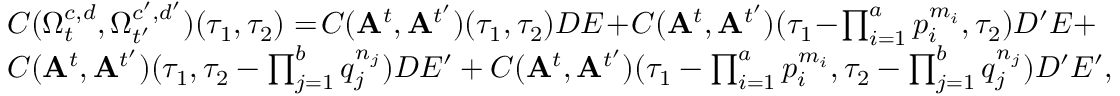
\begin{array} { r l } & { C ( \Omega _ { t } ^ { c , d } , \Omega _ { t ^ { \prime } } ^ { c ^ { \prime } , d ^ { \prime } } ) ( \tau _ { 1 } , \tau _ { 2 } ) = \! C ( \mathbf { A } ^ { t } , \mathbf { A } ^ { t ^ { \prime } } ) ( \tau _ { 1 } , \tau _ { 2 } ) D E \! + \! C ( \mathbf { A } ^ { t } , \mathbf { A } ^ { t ^ { \prime } } ) ( \tau _ { 1 } \! - \! \prod _ { i = 1 } ^ { a } p _ { i } ^ { m _ { i } } , \tau _ { 2 } ) D ^ { \prime } E + } \\ & { C ( \mathbf { A } ^ { t } , \mathbf { A } ^ { t ^ { \prime } } ) ( \tau _ { 1 } , \tau _ { 2 } - \prod _ { j = 1 } ^ { b } q _ { j } ^ { n _ { j } } ) D E ^ { \prime } + C ( \mathbf { A } ^ { t } , \mathbf { A } ^ { t ^ { \prime } } ) ( \tau _ { 1 } - \prod _ { i = 1 } ^ { a } p _ { i } ^ { m _ { i } } , \tau _ { 2 } - \prod _ { j = 1 } ^ { b } q _ { j } ^ { n _ { j } } ) D ^ { \prime } E ^ { \prime } , } \end{array}